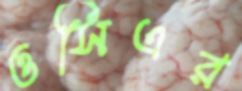
ওসিএর